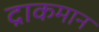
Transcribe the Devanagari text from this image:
द्राकमान